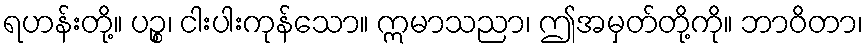
ရဟန်းတို့။ ပဉ္စ၊ ငါးပါးကုန်သော။ ဣမာသညာ၊ ဤအမှတ်တို့ကို။ ဘာဝိတာ၊